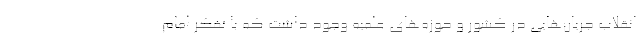
انقلاب جریان‌هایی در کشور و حوزه‌های علمیه وجود داشت که با تفکر امام